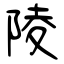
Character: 陵